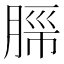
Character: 𬛂